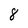
Character: 8